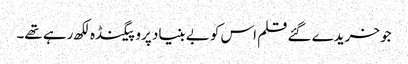
جو خریدے گئے قلم اس کو بے بنیاد پروپیگنڈہ لکھ رہے تھے۔